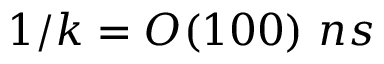
1 / k = O ( 1 0 0 ) ~ n s